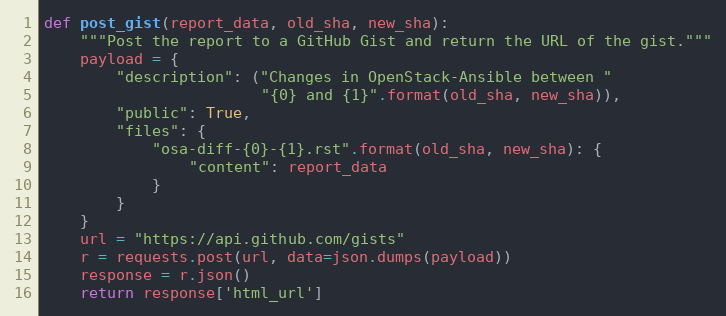
Language: Python
def post_gist(report_data, old_sha, new_sha):
    """Post the report to a GitHub Gist and return the URL of the gist."""
    payload = {
        "description": ("Changes in OpenStack-Ansible between "
                        "{0} and {1}".format(old_sha, new_sha)),
        "public": True,
        "files": {
            "osa-diff-{0}-{1}.rst".format(old_sha, new_sha): {
                "content": report_data
            }
        }
    }
    url = "https://api.github.com/gists"
    r = requests.post(url, data=json.dumps(payload))
    response = r.json()
    return response['html_url']